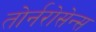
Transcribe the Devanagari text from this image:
तोर्नरोसेन्स